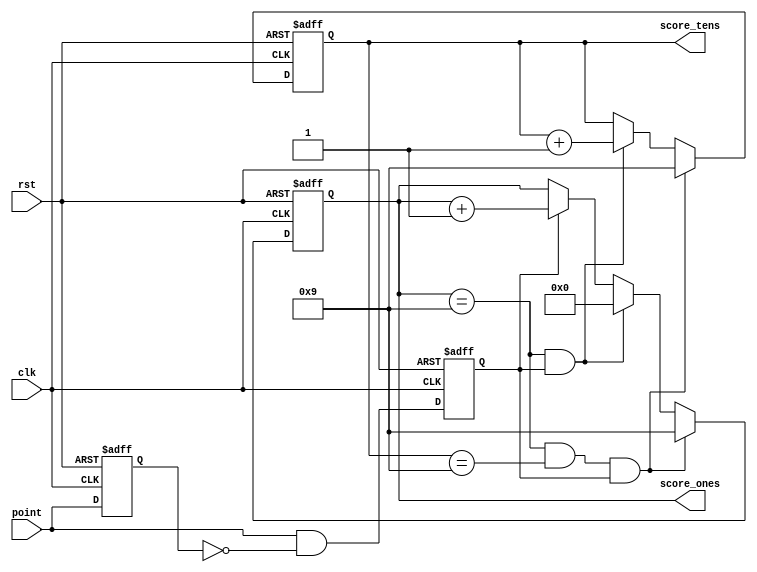
`timescale 1ns / 1ps
module score(score_tens, score_ones, point, clk, rst);
    output reg [3:0] score_tens, score_ones;
    input point, clk, rst;

    reg [3:0] score_tens_next, score_ones_next;

    always @(posedge clk or posedge rst) begin
        if (rst) begin
            score_tens <= 4'd0;
            score_ones <= 4'd0; 
        end
        else begin
            score_tens <= score_tens_next;
            score_ones <= score_ones_next; 
        end
    end

     //debounce point
    reg debounced_delay, one_pulse_point;
    always @(posedge clk or posedge rst) begin
        if (rst) begin
            debounced_delay <= 1'b0;
        end
        else begin
            debounced_delay <= point;
        end
    end
    wire out_pulse_next;
    assign out_pulse_next = point & (~debounced_delay);
    always @(posedge clk or posedge rst) begin
        if (rst) begin
            one_pulse_point <= 1'b0;
        end
        else begin
            one_pulse_point <= out_pulse_next;
        end
    end

    //score value assignment
    always @(*) begin
        if ((score_ones == 4'd9) && (score_tens == 4'd9)&& (one_pulse_point == 1'b1)) begin
            score_ones_next = 4'd9;
            score_tens_next = 4'd9; 
        end
        else if ((score_ones == 4'd9) && (one_pulse_point == 1'b1)) begin
            score_ones_next = 4'd0;
            score_tens_next = score_tens + 4'd1;
        end
        else if (one_pulse_point) begin
            score_ones_next = score_ones + 4'd1;
            score_tens_next = score_tens;
        end
        else begin
            score_ones_next = score_ones;
            score_tens_next = score_tens;
        end
    end
endmodule